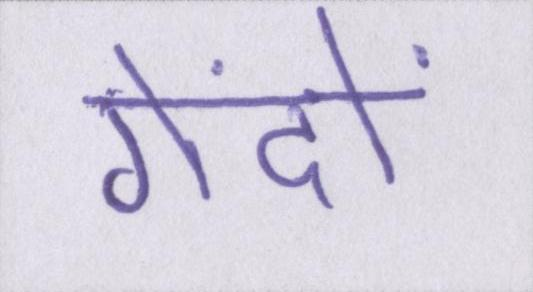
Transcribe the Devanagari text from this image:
गेंदों